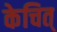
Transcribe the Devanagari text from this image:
केचित्